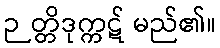
ဉတ္တိဒုက္ကဋ် မည်၏။